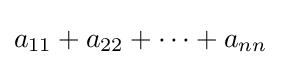
a_{11}+a_{22}+\dots +a_{nn}